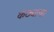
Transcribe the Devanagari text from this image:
कंठ्याचा